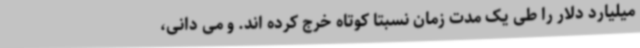
میلیارد دلار را طی یک مدت زمان نسبتا کوتاه خرج کرده اند. و می دانی،